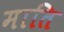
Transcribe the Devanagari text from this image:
माति